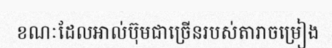
ខណៈដែលអាល់ប៊ុមជាច្រើនរបស់តារាចម្រៀង